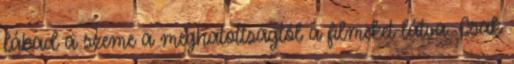
lábad a szeme a meghatottságtól a filmeket látva. Csak